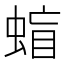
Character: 䗈